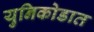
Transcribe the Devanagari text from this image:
युनिकोडात